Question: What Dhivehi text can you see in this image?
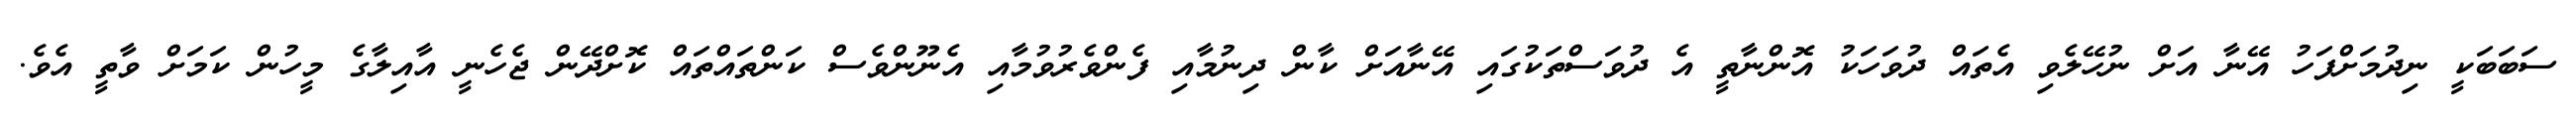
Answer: ސަބަބަކީ ނިދުމަށްފަހު އޭނާ އަށް ނުހޭލެވި އެތައް ދުވަހަކު އޮންނާތީ އެ ދުވަސްތަކުގައި އޭނާއަށް ކާން ދިނުމާއި ފެންވެރުވުމާއި އެނޫންވެސް ކަންތައްތައް ކޮށްދޭން ޖެހެނީ އާއިލާގެ މީހުން ކަމަށް ވާތީ އެވެ.